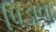
પિડાવા